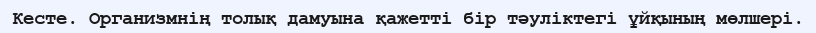
Кесте. Организмнің толық дамуына қажетті бір тәуліктегі ұйқының мөлшері.